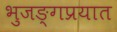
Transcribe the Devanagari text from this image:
भुजङ्गप्रयात